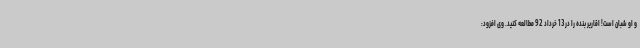
و او شبان است! اقاریر بنده را در 13 خرداد 92 مطالعه کنید. وی افزود: